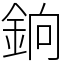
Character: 銄